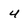
Character: 4